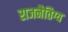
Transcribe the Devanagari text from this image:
राजनैतिग्य